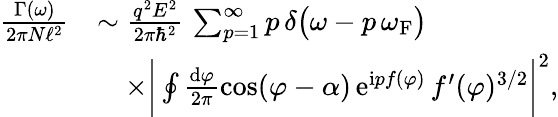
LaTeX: \begin{array}{rl}{\frac{\Gamma(\omega)}{2\pi N\ell^{2}}}&{\sim\frac{q^{2}E^{2}}{2\pi\hbar^{2}}\, \sum_{p=1}^{\infty}p\, \delta\big(\omega-p\, \omega_{\mathrm{F}}\big)}\\ &{\quad\times\bigg|\oint\frac{\mathrm{d}\varphi}{2\pi}\cos(\varphi-\alpha)\, \mathrm{e}^{\mathrm{i}pf(\varphi)}\, f^{\prime}(\varphi)^{3/2}\bigg|^{2},}\end{array}